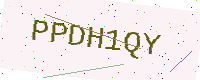
Text: PPDH1QY